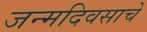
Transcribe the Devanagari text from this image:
जन्मदिवसाचे